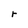
Character: r